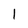
Character: 1